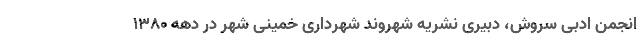
انجمن ادبی سروش، دبیری نشریه شهروند شهرداری خمینی شهر در دهه ۱۳۸۰